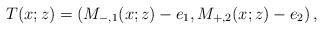
LaTeX: \begin{align*}T(x;z)=\left(M_{-,1}(x;z)-e_1, M_{+,2}(x;z)-e_2\right),\end{align*}